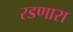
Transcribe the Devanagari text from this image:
रडणारा